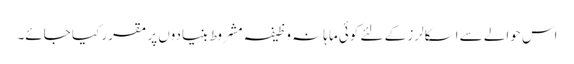
اس حوالے سے اسکالرز کے لئے کوئی ماہانہ وظیفہ مشروط بنیادوں پر مقرر کیا جائے۔